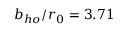
b _ { h o } / r _ { 0 } = 3 . 7 1